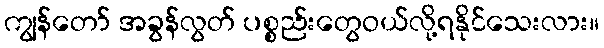
ကျွန်တော် အခွန်လွတ် ပစ္စည်းတွေဝယ်လို့ရနိုင်သေးလား။